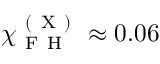
\chi _ { \mathrm { ~ F ~ H ~ } } ^ { \mathrm { ~ ( ~ X ~ ) ~ } } \approx 0 . 0 6